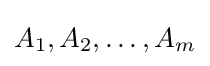
A_{1},A_{2},\ldots ,A_{m}